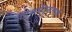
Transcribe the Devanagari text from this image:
सेटलमेंट्‌समध्ये